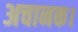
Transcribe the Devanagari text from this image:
अचानक।